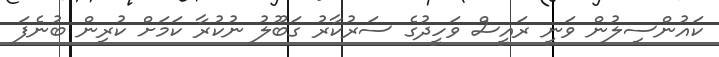
ކައުންސިލުން ވަނީ ރައީސް ވަހީދުގެ ސަރުކާރު ގަބޫލު ނުކުރާ ކަމަށް ކުރިން ބުނެފަ